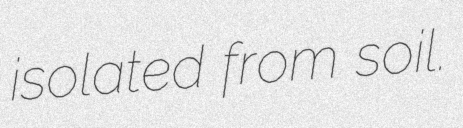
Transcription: isolated from soil.